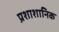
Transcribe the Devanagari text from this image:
प्रशाशानिक